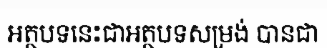
អត្ថបទនេះជាអត្ថបទសម្រង់ បានជា